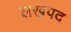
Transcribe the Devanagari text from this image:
लखपद